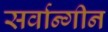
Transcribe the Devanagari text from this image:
सर्वान्गीन